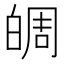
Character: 皗